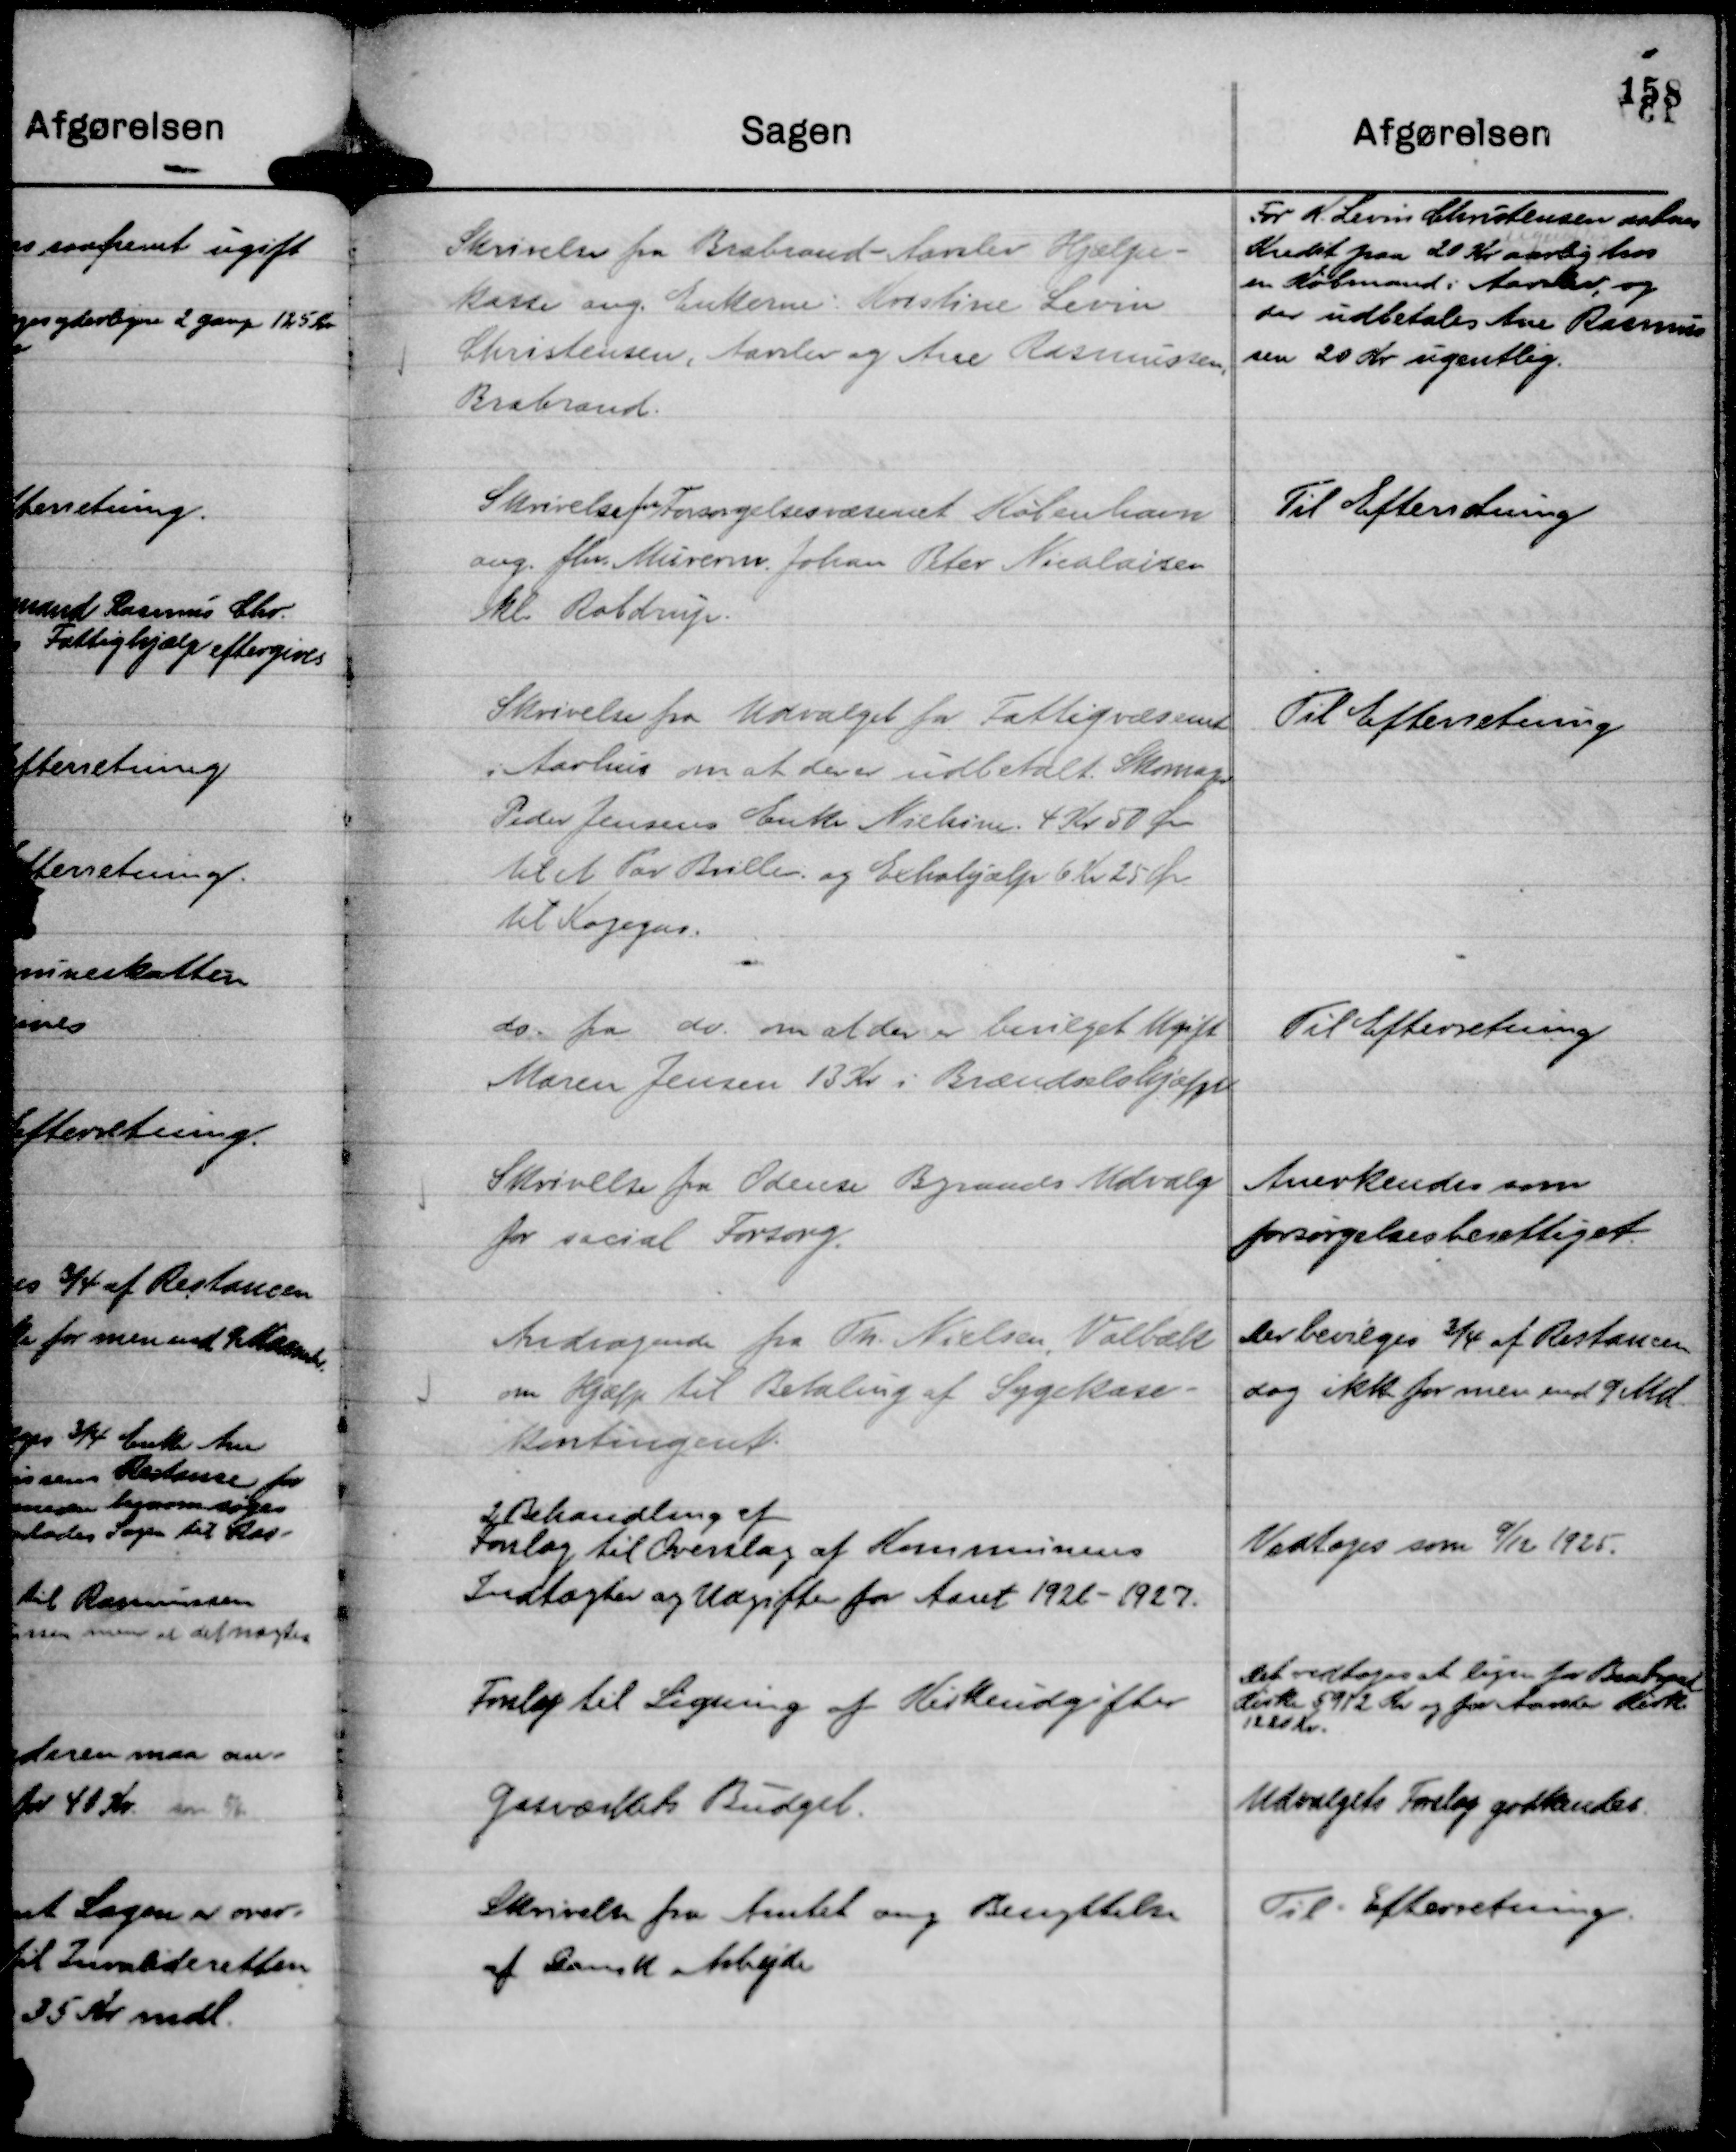
Transskription:
Skrivelse fra Brabrand - Aarslev Hjælpe-
kasse ang. Enkerne: Kristine Levin
Christensen, Aarslev og Ane Rasmussen,
Brabrand.

For K. Levin Christensen aabnes
Kredit paa 20 Kr aarlig hos
en Købmand i Aarslev, og
der udbetales Ane Rasmus
sen 20 Kr ugentlig.

Skrivelse fra Forsørgelsesvæsenet København
ang. fhv. Murerm. Johan Peter Nicolaisen
kl. Robdrup.

Til Efterretning

Skrivelse fra Udvalget for Fattigvæsenet
i Aarhus om at der er udbetalt Skomager
Peder Jensens Enke Nielsine 4 Kr 50 Øre
til et Par Briller, og Extrahjælp 6 Kr 25 Øre
til Kogegas.

Til Efterretning

do. fra do. om at der er bevilget Ugift
Maren Jensen 13 Kr i Brændselshjælp

Til Efterretning

Skrivelse fra Odense Byraads Udvalg
for social Forsorg.

Anerkendes som
forsørgelsesberettiget.

Andragende fra Th. Nielsen, Volbæk
om Hjælp til Betaling af Sygekase-
kontingent.

Der bevilges ¾ af Restancen
dog ikke for mere end 9 Md

2 Behandling af
Forslag til Overslag af Kommunens
Indtægter og Udgifter for Aaret 1921 - 1927.

Vedtoges som 9/12 1925.

Forslag til Ligning af Kirkeudgifter

Det vedtoges at lejen for Brabrand
Kirke 5912 Kr og for Aarslev Kirke
1220 Kr.

Gasværkets Budget.

Udvalgets Forslag godkendes.

Skrivelse fra Amtet ang Benyttelse
af Dansk Arbejde

Til Efterretning.